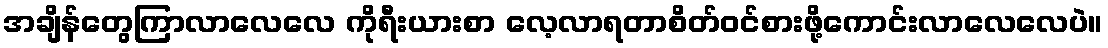
အချိန်တွေကြာလာလေလေ ကိုရီးယားစာ လေ့လာရတာစိတ်ဝင်စားဖို့ကောင်းလာလေလေပဲ။